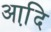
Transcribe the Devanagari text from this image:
आदि़